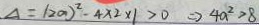
\Delta = ( 2 a ) ^ { 2 } - 4 \times 2 \times 1 > 0 \Rightarrow 4 a ^ { 2 } > 8